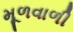
મૂળવાળી